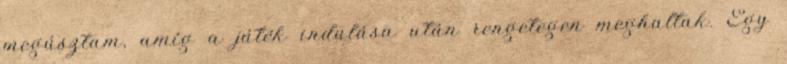
megúsztam, amíg a játék indulása után rengetegen meghaltak. Egy